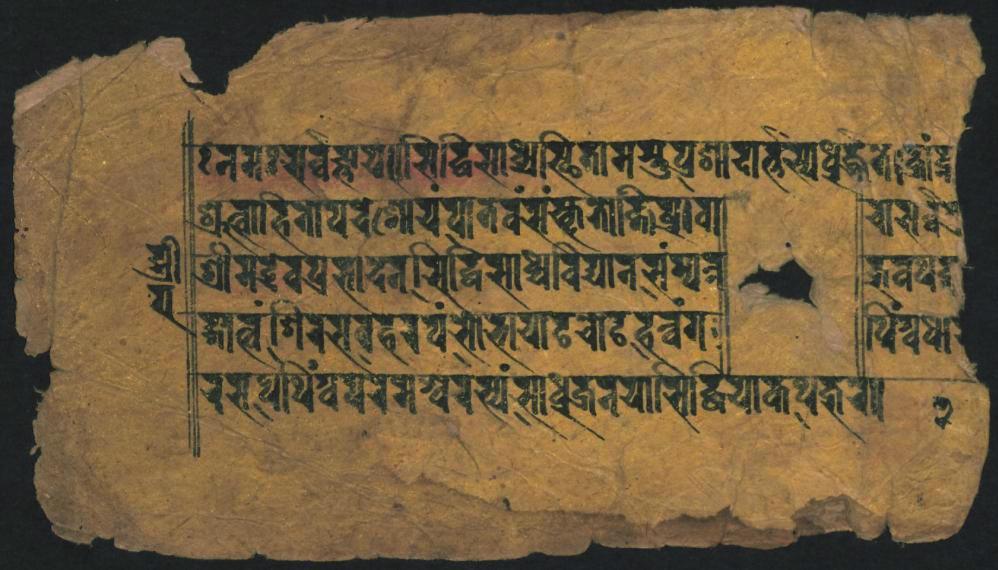
𑐣𑐶𑐩𑑅𑑋𑐳𑐬𑑂𑐰𑑂𑐰𑐖𑑂𑐘𑐵𑐫𑑌𑐳𑐶𑐡𑑂𑐢𑐶𑐳𑐵𑐢𑑂𑐫𑐳𑑂𑐠𑐶𑐟𑐵𑐩𑐳𑑂𑐫𑐸𑐥𑑂𑐬𑐞𑐵𑐡𑐵𑐟𑑂𑐨𑐹𑐳𑑂𑐫𑐢𑑂𑐬𑐖𑐾𑐟𑑂𑑋 𑐞𑑂𑐬𑐸𑐟𑑂𑐰𑐵𑐴𑐶𑐣𑑀𑐥𑐡𑐾𑐱𑑀𑐫𑐾𑐥𑐵𑐟𑐾𑐰𑑄𑐳𑑄𑐎𑐺𑐟𑑀𑐎𑑂𑐟𑐶𑐥𑑂𑐬𑐵𑐰𑐵 𑐱𑑂𑐬𑐷𑐩𑐡𑐾𑐰𑐥𑑂𑐬𑐳𑐵𑐡𑐾𑐣𑐳𑐶𑐡𑑂𑐢𑐶𑐳𑐵𑐢𑑂𑐫𑐰𑐶𑐫𑐵𑐣𑐳𑑄𑐩𑑂𑐫𑐣𑑂 𑐡𑑂𑐐𑐵𑐟𑑂𑐰𑐵𑐱𑐶𑐬𑐾𑐳𑐔𑐴𑐬𑐫𑑄𑐳𑑀𑐨𑐵𑐫𑐵𑐚𑐔𑑀𑐡𑐴𑐰𑑂𑐰𑑄𑐐 𑐬𑐳𑐸𑐢𑐷𑐥𑐠𑑄𑐰𑐫𑐾𑐬𑐾𑐩𑐾𑐱𑑂𑐔𑐳𑑂𑐫𑑄𑐳𑐵𑐢𑐹𑐖𑐣𑐫𑐵𑐳𑐶𑐡𑑂𑐢𑐶𑐫𑐵𑐎𑐥𑐨𑐬𑑀